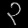
Digit: ၃